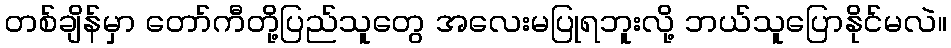
တစ်ချိန်မှာ တော်ကီတို့ပြည်သူတွေ အလေးမပြုရဘူးလို့ ဘယ်သူပြောနိုင်မလဲ။